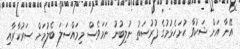
އޭނާ އަށް ޝަކުވާ ހުށަހެޅުމުގެ ފުރުސަތު ނުލިބުނު ނަމަވެސް މިމައްސަލަ ބެލުމަށް ސަރުކާރާއި